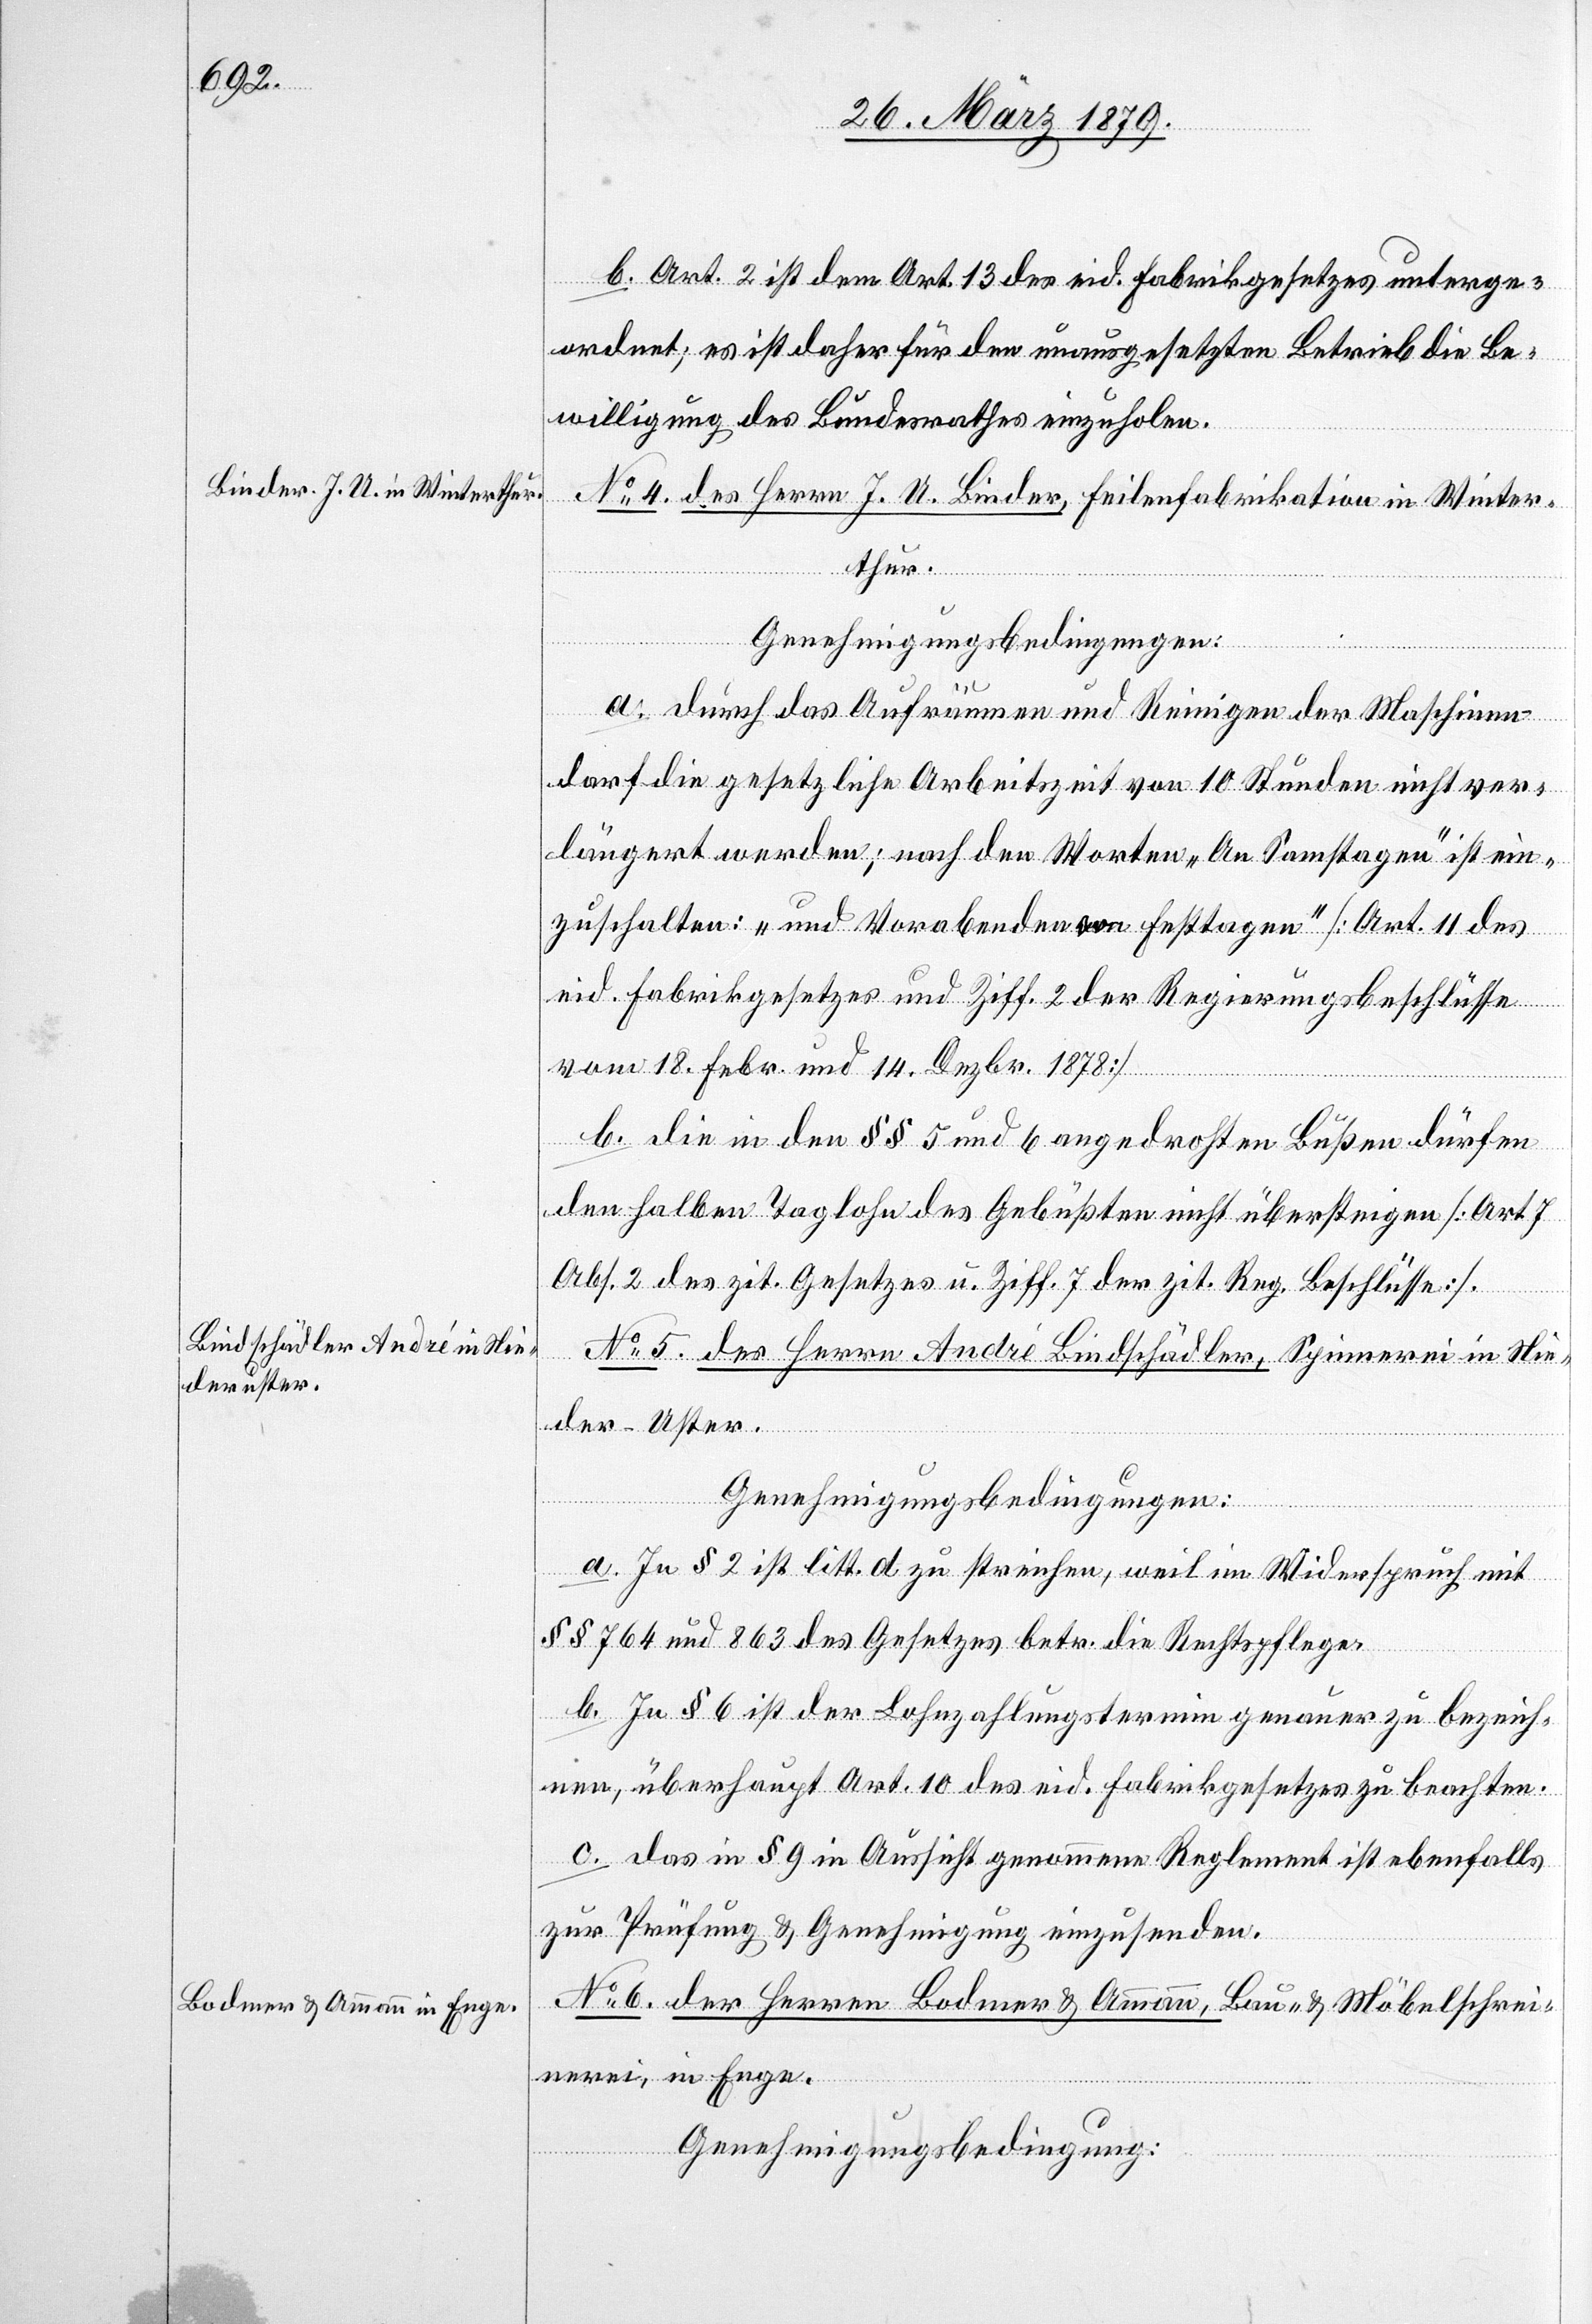
b. Art. 2 ist dem Art. 13 des eid. Fabrikgesetzes unterge¬
ordnet; es ist daher für den unausgesetzten Betrieb die Be¬
willigung des Bundesrathes einzuholen.
No 4. des Herrn J. U. Binder, Feilenfabrikation in Winter¬
thur.
Genehmigungsbedingungen:
a. Durch das Aufräumen und Reinigen der Maschinen
darf die gesetzliche Arbeitszeit von 10 Stunden nicht ver¬
längert werden; nach den Worten „An Samstagen“ ist ein¬
zuschalten: „und Vorabenden von Festtagen [Art. 11 des
eid. Fabrikgesetzes und Ziff. 2 der Regierungsbeschlüsse
vom 18. Febr. und 14. Dezbr. 1878].
b. Die in den §§ 5 und 6 angedrohten Bußen dürfen
den halben Taglohn des Gebüßten nicht übersteigen [Art. 7
Abs. 2 des zit. Gesetzes u. Ziff. 7 der zit. Reg. Beschlüsse].
kordnung.]
No 5. des Herrn André Bindschädler, Spinnerei in Nie¬
der-Uster.
[Fabri¬
Genehmigungsbedingungen:
a. In § 2 ist litt. d zu streichen, weil im Widerspruch mit
§§ 764 und 863 des Gesetzes betr. die Rechtspflege.
b. In § 6 ist der Lohnzahlungstermin genauer zu bezeich¬
nen, überhaupt Art. 10 des eid. Fabrikgesetzes zu beachten.
c. Das in § 9 in Aussicht genommene Reglement ist ebenfalls
zur Prüfung & Genehmigung einzusenden.
No 6. der Herren Bodmer & Ammann, Bau- & Möbelschrei¬
nerei, in Enge.
Genehmigungsbedingung: